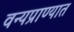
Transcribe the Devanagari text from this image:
वन्यप्राण्यात